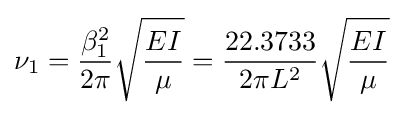
\nu _{1}={\frac {\beta _{1}^{2}}{2\pi }}{\sqrt {\frac {EI}{\mu }}}={\frac {22.3733}{2\pi L^{2}}}{\sqrt {\frac {EI}{\mu }}}